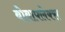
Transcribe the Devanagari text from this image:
बोबाफ्लेक्स